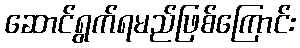
ဆောင်ရွက်ရမည်ဖြစ်ကြောင်း